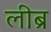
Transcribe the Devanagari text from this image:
लीब्र